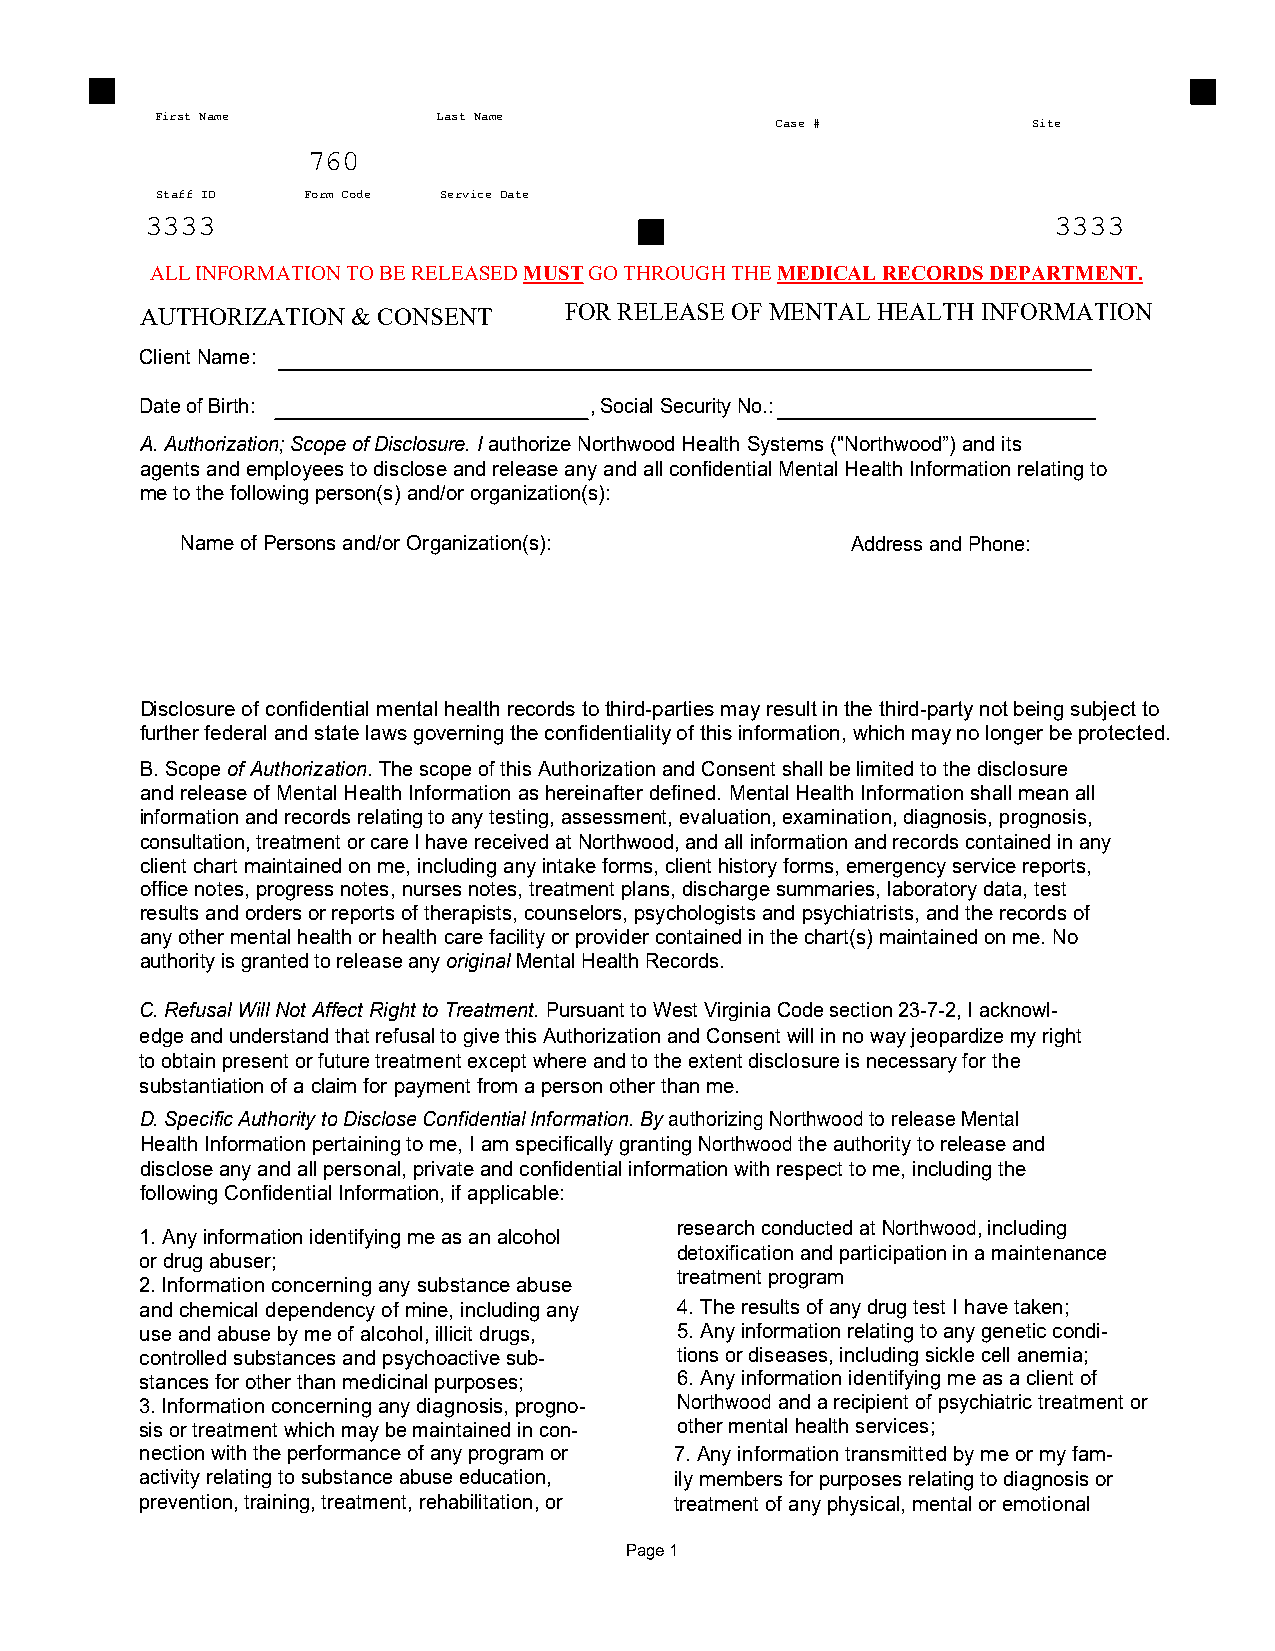
First Name         Last Name
 Case #           Site
 760
 Staff ID  Form Code Service Date
 3333                                                        3333
 ALL INFORMATION TO BE RELEASED MUST GO THROUGH THE MEDICAL RECORDS DEPARTMENT.
 AUTHORIZATION & CONSENT     FOR RELEASE OF MENTAL HEALTH INFORMATION
 Client Name:
 Date of Birth:                , Social Security No.:
 A. Authorization; Scope of Disclosure. I authorize Northwood Health Systems ("Northwood”) and its
 agents and employees to disclose and release any and all confidential Mental Health Information relating to
 me to the following person(s) and/or organization(s):
 Name of Persons and/or Organization(s):     Address and Phone:
 Disclosure of confidential mental health records to third-parties may result in the third-party not being subject to
 further federal and state laws governing the confidentiality of this information, which may no longer be protected.
 B. Scope of Authorization. The scope of this Authorization and Consent shall be limited to the disclosure
 and release of Mental Health Information as hereinafter defined. Mental Health Information shall mean all
 information and records relating to any testing, assessment, evaluation, examination, diagnosis, prognosis,
 consultation, treatment or care I have received at Northwood, and all information and records contained in any
 client chart maintained on me, including any intake forms, client history forms, emergency service reports,
 office notes, progress notes, nurses notes, treatment plans, discharge summaries, laboratory data, test
 results and orders or reports of therapists, counselors, psychologists and psychiatrists, and the records of
 any other mental health or health care facility or provider contained in the chart(s) maintained on me. No
 authority is granted to release any original Mental Health Records.
 C. Refusal Will Not Affect Right to Treatment. Pursuant to West Virginia Code section 23-7-2, I acknowl-
 edge and understand that refusal to give this Authorization and Consent will in no way jeopardize my right
 to obtain present or future treatment except where and to the extent disclosure is necessary for the
 substantiation of a claim for payment from a person other than me.
 D. Specific Authority to Disclose Confidential Information. By authorizing Northwood to release Mental
 Health Information pertaining to me, I am specifically granting Northwood the authority to release and
 disclose any and all personal, private and confidential information with respect to me, including the
 following Confidential Information, if applicable:
 research conducted at Northwood, including
 1. Any information identifying me as an alcohol
 detoxification and participation in a maintenance
 or drug abuser;
 treatment program
 2. Information concerning any substance abuse
 and chemical dependency of mine, including any 4. The results of any drug test I have taken;
 use and abuse by me of alcohol, illicit drugs, 5. Any information relating to any genetic condi-
 controlled substances and psychoactive sub- tions or diseases, including sickle cell anemia;
 stances for other than medicinal purposes; 6. Any information identifying me as a client of
 3. Information concerning any diagnosis, progno- Northwood and a recipient of psychiatric treatment or
 sis or treatment which may be maintained in con- other mental health services;
 nection with the performance of any program or 7 . Any information transmitted by me or my fam-
 activity relating to substance abuse education, ily members for purposes relating to diagnosis or
 prevention, training, treatment, rehabilitation, or treatment of any physical, mental or emotional
 Page 1